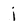
Character: j